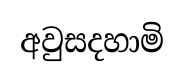
අවුසදහාමි